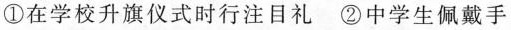
①在学校升旗仪式时行注目礼②中学生佩戴手